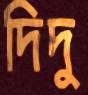
দিদু